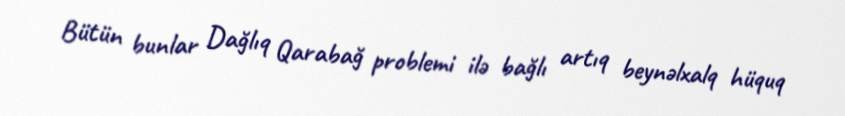
Bütün bunlar Dağlıq Qarabağ problemi ilə bağlı artıq beynəlxalq hüquq